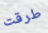
طرقت